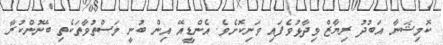
ކޮމިޝަނާ އަބުދު ރިޔާޒް ވިދާޅުވެފައި ވަނިކޮށެވެ. އެންޑީއޭ އިން ބުނީ މަސްތުވާތަކެތި ބޭނުންކުރާ